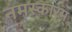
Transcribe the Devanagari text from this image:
नमस्कारम्